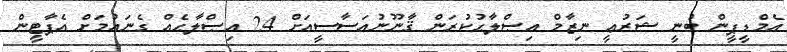
އެމްޑީޕީން ބުނީ ޝަރުޢީ ނިޒާމް އިޞްލާޙުކުރަން ޤާނޫނުއަސާސީއަށް 24 އިޞްލާޙެއް ގެނައުމަށް އެޕާޓީން